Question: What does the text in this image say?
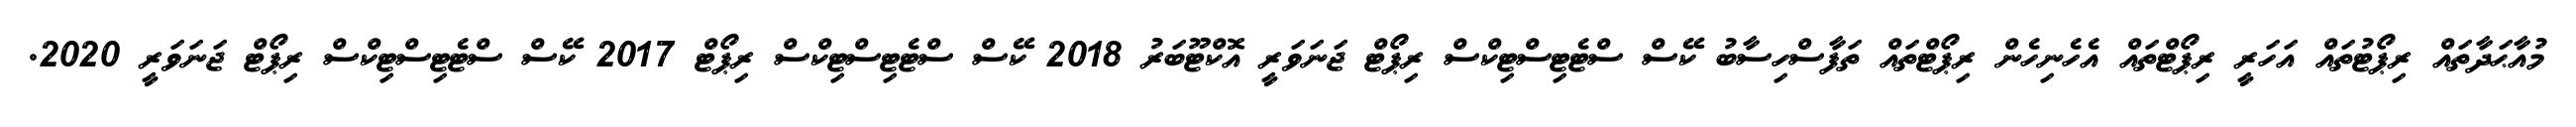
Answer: މުއާޙަދާތައް ރިޕޯޓުތައް އަހަރީ ރިޕޯޓްތައް އެހެނިހެން ރިޕޯޓްތައް ތަފާސްހިސާބު ކޭސް ސްޓެޓިސްޓިކްސް ރިޕޯޓް ޖަނަވަރީ އޮކްޓޫބަރު 2018 ކޭސް ސްޓެޓިސްޓިކްސް ރިޕޯޓް 2017 ކޭސް ސްޓެޓިސްޓިކްސް ރިޕޯޓް ޖަނަވަރީ 2020.